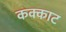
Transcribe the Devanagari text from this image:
कक्काट